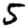
Digit: 5